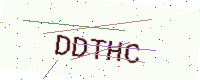
Text: DDTHC